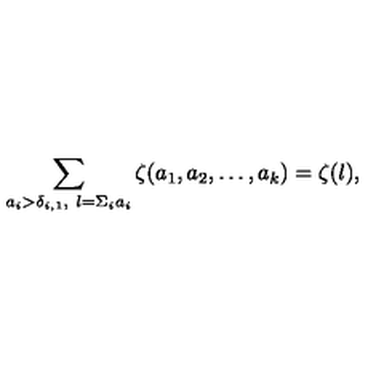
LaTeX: \sum _ { a _ { i } > \delta _ { i , 1 } , \ l = \Sigma _ { i } a _ { i } } \zeta ( a _ { 1 } , a _ { 2 } , \ldots , a _ { k } ) = \zeta ( l ) ,